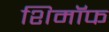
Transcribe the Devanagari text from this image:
शिमॉफ